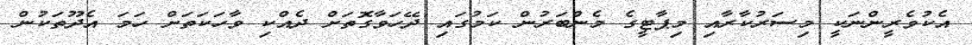
އެކުވެރީންނަކީ މިސަރުކާރާއި މިޕާޓީގެ މެންބަރުން ކަމުގައި ދޭހަވާގޮތަށް ދެއްކި ވާހަކަތަށް ހަމަ އެދޫތަކުން